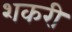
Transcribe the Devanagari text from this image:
शकरी